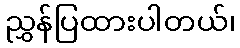
ညွှန်ပြထားပါတယ်၊